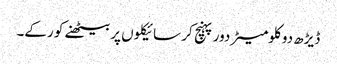
ڈیڑھ دو کلومیٹر دور پہنچ کر سائیکلوں پر بیٹھنے کو رکے۔